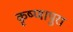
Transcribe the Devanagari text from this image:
कृष्णापुरा